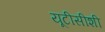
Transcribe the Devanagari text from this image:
यूटीसीशी